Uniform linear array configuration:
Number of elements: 32
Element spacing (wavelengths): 0.5
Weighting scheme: exponential
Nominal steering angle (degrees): -30
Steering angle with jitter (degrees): -28.755
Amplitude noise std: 0.05
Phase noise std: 0.05

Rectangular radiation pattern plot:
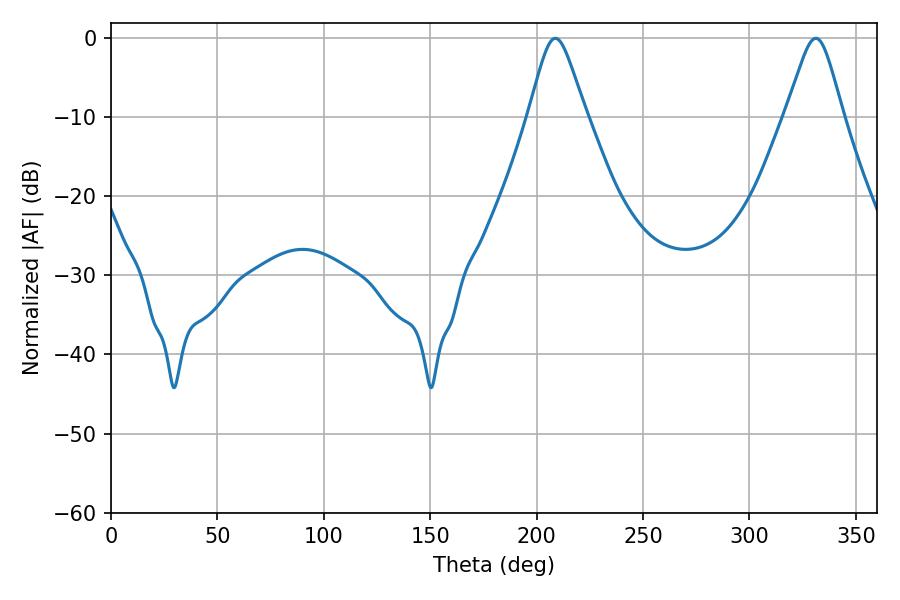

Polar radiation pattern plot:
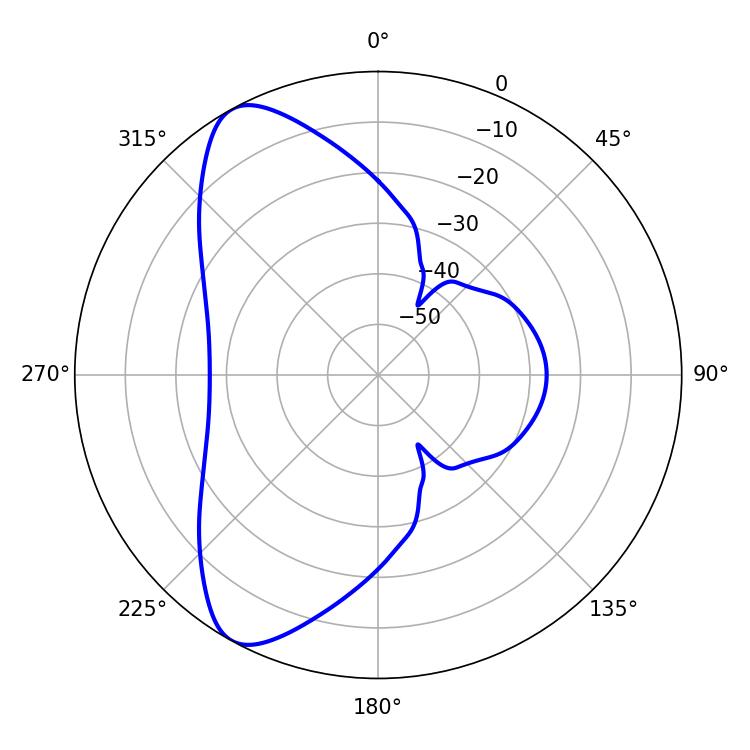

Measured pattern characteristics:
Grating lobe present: FALSE
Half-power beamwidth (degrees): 12.96
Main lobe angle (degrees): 208.8